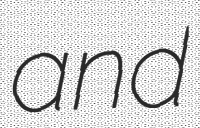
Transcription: and